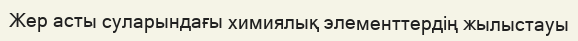
Жер асты суларындағы химиялық элементтердің жылыстауы